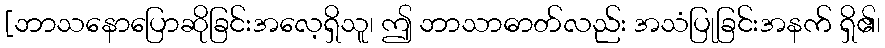
[ဘာသနောပြောဆိုခြင်းအလေ့ရှိသူ၊ ဤ ဘာသာဓာတ်လည်း အသံပြုခြင်းအနက် ရှိ၏၊